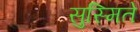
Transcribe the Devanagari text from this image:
सुस्मिते